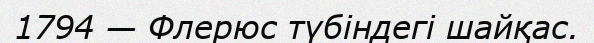
1794 — Флерюс түбіндегі шайқас.